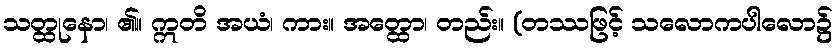
သတ္ထုနော၊ ၏။ ဣတိ အယံ၊ ကား။ အတ္ထော၊ တည်း။ (တဿဖြင့် သလောကပါလော၌